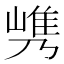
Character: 𰎯